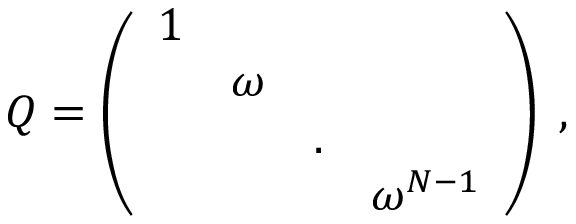
Q = \left( \begin{array} { c c c c } { { 1 } } & { { } } & { { } } & { { } } \\ { { } } & { { \omega } } & { { } } & { { } } \\ { { } } & { { } } & { { . } } & { { } } \\ { { } } & { { } } & { { } } & { { \omega ^ { N - 1 } } } \end{array} \right) \; , \; \; \; \; \; \;